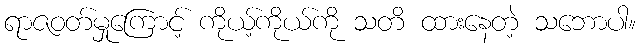
ရာဇဝတ်မှုကြောင့် ကိုယ့်ကိုယ်ကို သတိ ထားနေတဲ့ သဘောပါ။